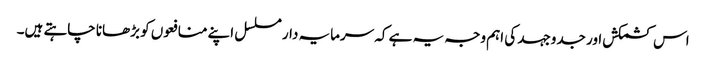
اس کشمکش اور جدوجہد کی اہم وجہ یہ ہے کہ سرمایہ دار مسلسل اپنے منافعوں کو بڑھانا چاہتے ہیں۔